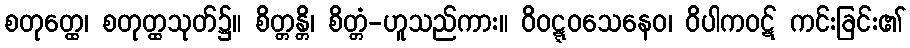
စတုတ္ထေ၊ စတုတ္ထသုတ်၌။ စိတ္တန္တိ၊ စိတ္တံ-ဟူသည်ကား။ ဝိဝဋ္ဋဝသေနေဝ၊ ဝိပါကဝဋ် ကင်းခြင်း၏